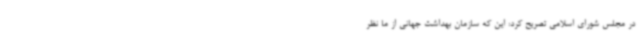
در مجلس شورای اسلامی تصریح کرد: این که سازمان بهداشت جهانی از ما نظر